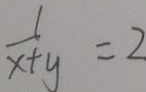
\frac { 1 } { x + y } = 2